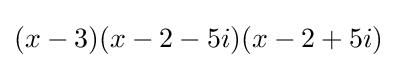
(x-3)(x-2-5i)(x-2+5i)